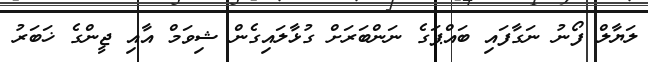
ލަޔާލް ފޯނު ނަގާފައި ބައްޕަގެ ނަންބަރަށް ގުޅާލައިގެން ޝިވަމް އާއި ޖީންގެ ޚަބަރު